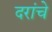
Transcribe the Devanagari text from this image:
दरांचे